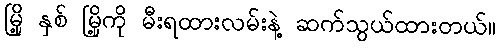
မြို့ နှစ် မြို့ကို မီးရထားလမ်းနဲ့ ဆက်သွယ်ထားတယ်။